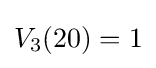
V_{3}(20)=1